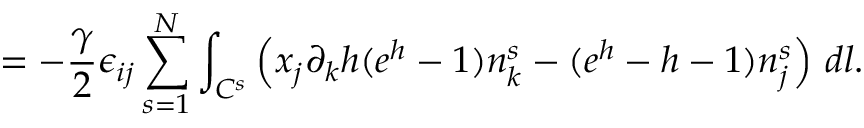
= - \frac { \gamma } { 2 } \epsilon _ { i j } \sum _ { s = 1 } ^ { N } \int _ { C ^ { s } } \left( x _ { j } \partial _ { k } h ( e ^ { h } - 1 ) n _ { k } ^ { s } - ( e ^ { h } - h - 1 ) n _ { j } ^ { s } \right) \, d l .